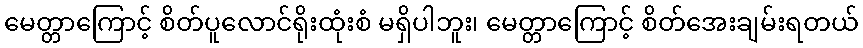
မေတ္တာကြောင့် စိတ်ပူလောင်ရိုးထုံးစံ မရှိပါဘူး၊ မေတ္တာကြောင့် စိတ်အေးချမ်းရတယ်